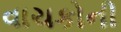
વાચકોની